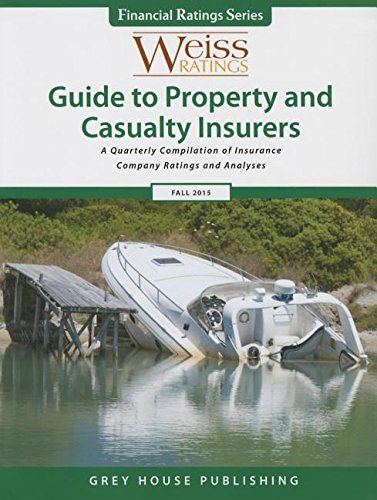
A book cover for Weiss Ratings Guide to Property & Casualty Insurers, Fall 2015; Business & Money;